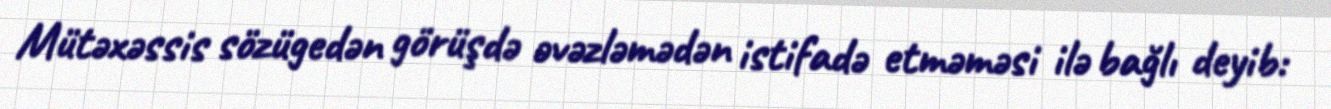
Mütəxəssis sözügedən görüşdə əvəzləmədən istifadə etməməsi ilə bağlı deyib: